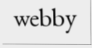
webby